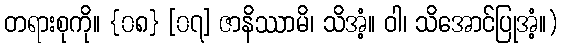
တရားစုကို။ {၀၈} [၀၇] ဇာနိဿာမိ၊ သိအံ့။ ဝါ၊ သိအောင်ပြုအံ့။)